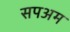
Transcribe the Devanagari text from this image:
सपअम